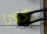
وكلانا